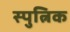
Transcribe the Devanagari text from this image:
स्पुत्निक